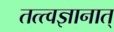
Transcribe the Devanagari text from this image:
तत्त्वज्ञानात्